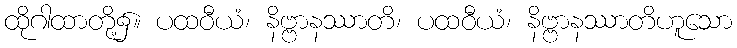
ထိုဂါထာတို့၌။ ပထဝီယံ၊ နိဗ္ဗာနဿာတိ၊ ပထဝီယံ၊ နိဗ္ဗာနဿာတိဟူသော